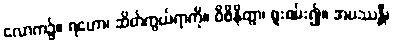
လောက၌။ ရဟော၊ ဆိတ်ကွယ်ရာကို။ ဝိစိနိတွာ၊ စူးစမ်း၍။ အပဿန္တီ၊